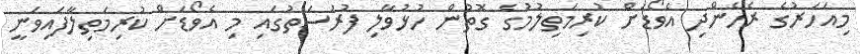
މިއަހަރުގެ ރެހެންދި އެވޯޑަށް ކުރިމަތިލުމުގެ ގޮތުން ހުޅުވާލި ފުރުސަތުގައި މި އެވޯޑަށް ކުރިމަތިލާފައިވަނީ